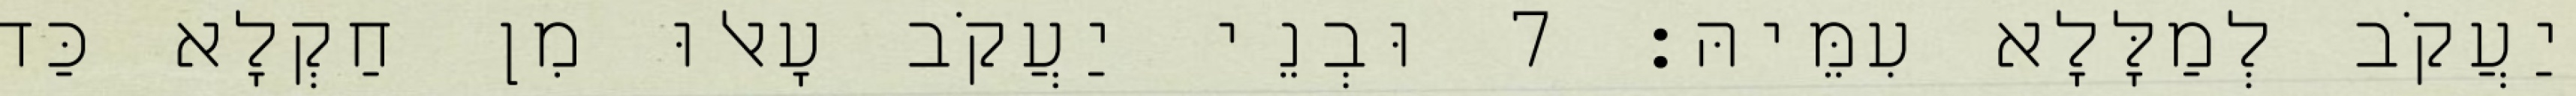
יַעֲקֹב לְמַלָּלָא עִמֵּיהּ׃ 7 וּבְנֵי יַעֲקֹב עָאלוּ מִן חַקְלָא כַּד